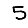
Digit: 5